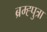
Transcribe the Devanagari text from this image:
ब्रम्ह्पुत्रा